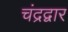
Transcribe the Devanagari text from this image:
चंद्रद्वार